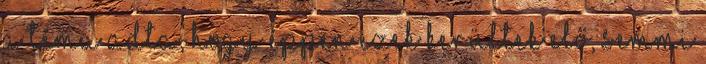
A téma adta, hogy éppen ezek kerültek elő, semmi